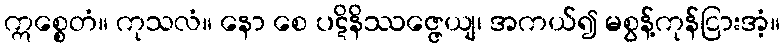
ဣစ္စေတံ။ ကုသလံ။ နော စေ ပဋိနိဿဇ္ဇေယျ၊ အကယ်၍ မစွန့်ကုန်ငြားအံ့။